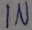
Text: IN